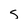
Character: s